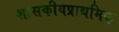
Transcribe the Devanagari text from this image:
शासकीयप्राथमिक